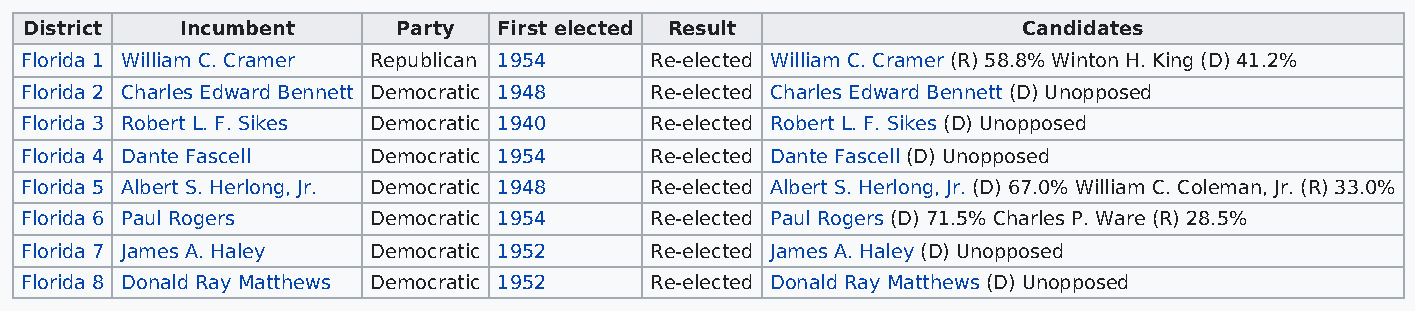
District  Incumbent     Party  First elected Result               Candidates
 Florida 1 William C. Cramer Republican 1954 Re-elected William C. Cramer (R) 58.8% Winton H. King (D) 41.2%
 Florida 2 Charles Edward Bennett Democratic 1948 Re-elected Charles Edward Bennett (D) Unopposed
 Florida 3 Robert L. F. Sikes Democratic 1940 Re-elected Robert L. F. Sikes (D) Unopposed
 Florida 4 Dante Fascell Democratic 1954   Re-elected Dante Fascell (D) Unopposed
 Florida 5 Albert S. Herlong, Jr. Democratic 1948 Re-elected Albert S. Herlong, Jr. (D) 67.0% William C. Coleman, Jr. (R) 33.0%
 Florida 6 Paul Rogers  Democratic 1954    Re-elected Paul Rogers (D) 71.5% Charles P. Ware (R) 28.5%
 Florida 7 James A. Haley Democratic 1952  Re-elected James A. Haley (D) Unopposed
 Florida 8 Donald Ray Matthews Democratic 1952 Re-elected Donald Ray Matthews (D) Unopposed